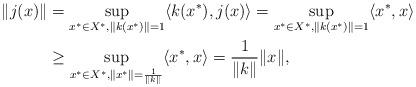
LaTeX: \begin{align*} \|j(x)\| &= \sup_{x^* \in X^*, \|k(x^*)\|=1}\langle k(x^*), j(x)\rangle = \sup_{x^*\in X^*, \|k(x^*)\|=1}\langle x^*, x\rangle\\ &\geq \sup_{x^* \in X^*, \|x^*\|=\frac 1{\|k\|}}\langle x^*, x\rangle = \frac 1{\|k\|} \|x\|,\end{align*}